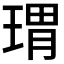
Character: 𱯋